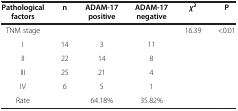
<table><thead><tr><td><b>Pathological factors</b></td><td><b>n</b></td><td><b>ADAM-17 positive</b></td><td><b>ADAM-17 negative</b></td><td><b><i>χ</i><sup>2</sup></b></td><td><b>P</b></td></tr></thead><tbody><tr><td>TNM stage</td><td> </td><td> </td><td> </td><td>16.39</td><td>&lt;0.01</td></tr><tr><td>I</td><td>14</td><td>3</td><td>11</td><td> </td><td> </td></tr><tr><td>II</td><td>22</td><td>14</td><td>8</td><td> </td><td> </td></tr><tr><td>III</td><td>25</td><td>21</td><td>4</td><td> </td><td> </td></tr><tr><td>IV</td><td>6</td><td>5</td><td>1</td><td> </td><td> </td></tr><tr><td>Rate</td><td> </td><td>64.18%</td><td>35.82%</td><td> </td><td> </td></tr></tbody></table>